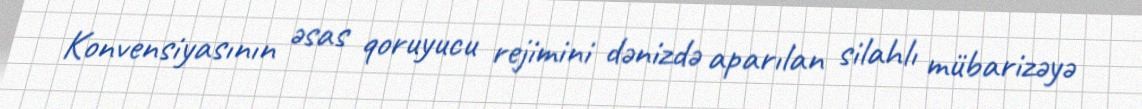
Konvensiyasının əsas qoruyucu rejimini dənizdə aparılan silahlı mübarizəyə